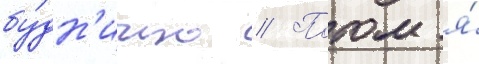
бу́дн'ично // Потом я́